Annual report of the Bengal Veterinary College and of the Civil Veterinary Department, Bengal, for the year 1919-20 - 1919-1920
Year: 1919
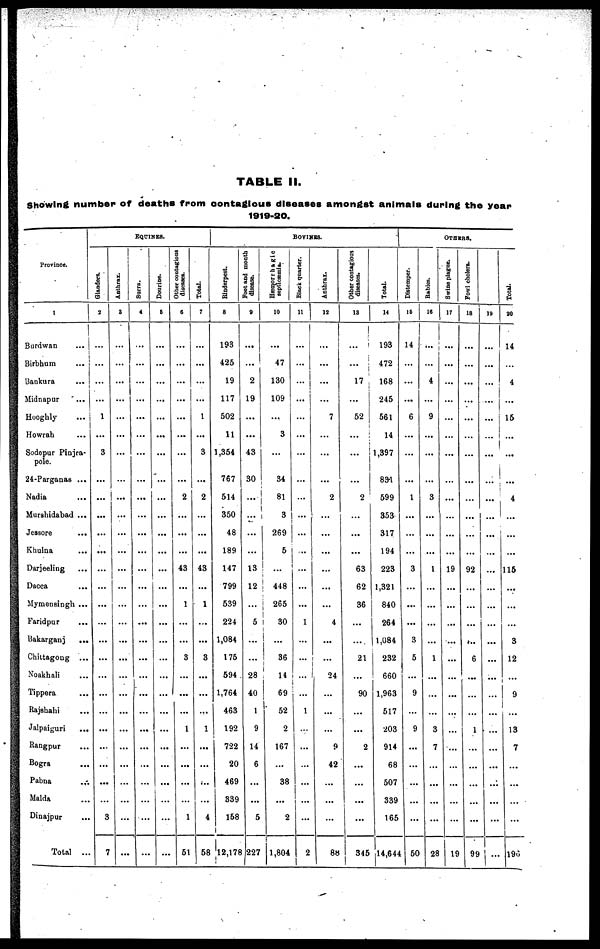
TABLE II.
Showing number of deaths from contagious diseases amongst animals during the yean
1919-20.
Province.
1
Burdwan
...
Birbhum ...
Bankura ...
Midnapur ...
Hooghly
...
Howrah ...
Sodepur Pinjra-
pole.
24-Parganas ...
Nadia ...
Murshidabad ...
Jessore
...
Khulna ...
Darjeeling ...
Dacca ...
Mymensingh ...
Faridpur ...
Bakarganj ...
Chittagong ...
Noakhali ...
Tippera ...
Bajshahi ...
Jalpaiguri
...
Rangpur ...
Bogra ...
Pabna ...
Malda ...
Dinajpur ...
Total ...
EQUINES.
Glanders.
2
...
...
...
...
1
...
3
...
...
...
...
...
...
...
...
...
...
...
...
...
...
...
...
...
...
...
3
7
Anthrax.
3
...
...
...
...
...
...
...
...
...
...
...
...
...
...
...
...
...
...
...
...
...
...
...
...
...
...
...
...
Surra.
4
...
...
...
...
...
...
...
...
...
...
...
...
...
...
...
...
...
...
...
...
...
...
...
...
...
...
...
...
Dourine.
6
...
...
...
...
...
...
...
...
...
...
...
...
...
...
...
...
...
...
...
...
...
...
...
...
...
...
...
...
Other contagious
diseases.
6
...
...
...
...
...
...
...
...
2
...
...
...
43
...
1
...
...
3
...
...
...
1
...
...
...
...
1
51
Total.
7
...
...
...
...
1
...
3
...
2
...
...
...
43
...
1
...
...
3
...
...
...
1
...
...
...
...
4
58
BOVINES.
Rinderpest.
8
193
425
19
117
502
11
1,354
767
514
350
48
189
147
799
539
224
1,084
175
594
1,764
463
192
722
20
469
339
158
12,178
Foot and month
disease.
0
...
...
2
19
...
...
43
30
...
...
...
...
13
12
...
5
...
...
28
40
1
9
14
6
...
...
5
227
Hæmorrhagic
septicæmia.
10
...
47
130
109
...
3
...
34
81
3
269
5
...
448
265
30
...
36
14
69
52
2
167
...
38
...
2
1,804
Black quarter.
11
...
...
...
...
...
...
...
...
...
...
...
...
...
...
...
1
...
...
...
...
1
...
...
...
...
...
...
2
Anthrax.
12
...
...
...
...
7
...
...
...
2
...
...
...
...
...
...
4
...
...
24
...
...
...
9
42
...
...
...
88
Other contagious
diseases.
13
...
...
17
...
52 |
...
...
...
2
...
...
...
63
62
36
...
...
21
...
90
...
...
2
...
...
...
...
345
Total.
14
193
472
168
245
561
14
1,397
831
599
353
317
194
223
1,321
840
264
1,084
232
660
1,963
517
203
914
68
507
339
165
14,644
OTHERS.
Distemper.
15
14
...
...
...
6
...
...
...
1
...
...
...
3
...
...
...
3
5
...
9
...
9
...
...
...
...
...
50
Babies.
16
...
...
4
...
9
...
...
...
3
...
...
...
1
...
...
...
...
1
...
...
...
3
7
...
...
...
...
28
Swine plague.
17
...
...
...
...
...
...
...
...
...
...
...
...
19
...
...
...
...
...
...
...
...
...
...
...
...
...
...
19
fowl cholera.
18
...
...
...
...
...
...
...
...
...
...
...
...
92
...
...
...
...
6
...
...
...
1
...
...
...
...
...
99
19
...
...
...
...
...
...
...
...
...
...
...
...
...
...
...
...
...
...
...
...
...
...
...
...
...
...
...
...
Total.
20
14
...
4
...
15
...
...
...
4
...
...
...
115
...
...
...
3
12
...
9
...
13
7
...
...
...
...
196